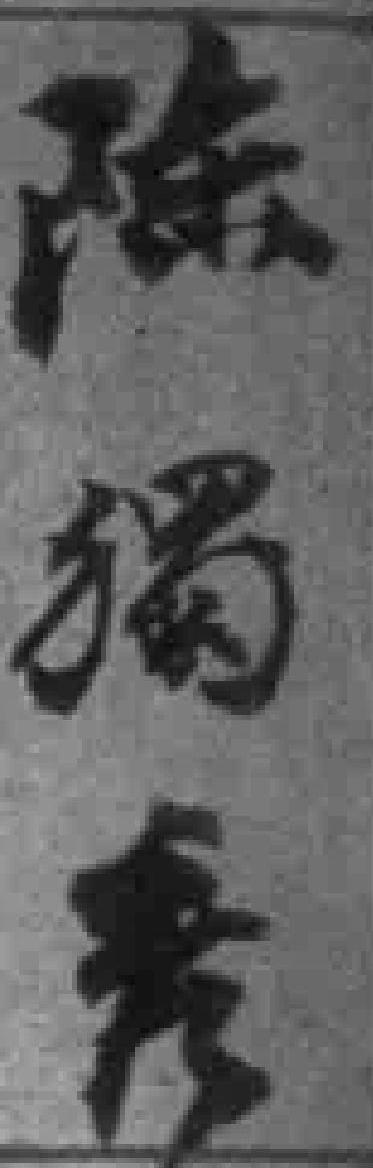
陳獨秀